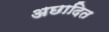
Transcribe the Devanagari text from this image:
अछादित